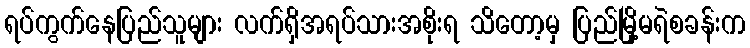
ရပ်ကွက်နေပြည်သူများ လက်ရှိအရပ်သားအစိုးရ သိတော့မှ ပြည်မြို့မရဲစခန်းက